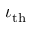
\iota _ { \mathrm { t h } }